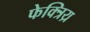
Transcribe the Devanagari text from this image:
फेक्त्रिय्र